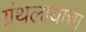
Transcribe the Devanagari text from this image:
ग्रंथलायाचा